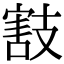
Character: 𢻜